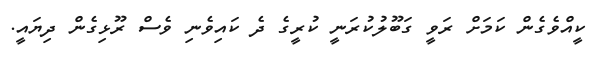
ކީއްވެގެން ކަމަށް ރަވީ ގަބޫލުކުރަނީ ކުރީގެ ދެ ކައިވެނި ވެސް ރޫޅިގެން ދިޔައީ.